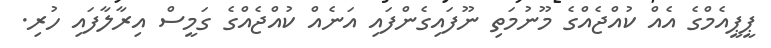
ޕީޕީއެމްގެ އެއް ކުއްޖެއްގެ މޫނުމަތި ނޫފައިގެންފައި އަނެއް ކުއްޖެއްގެ ގަމީސް އިރާލާފައި ހުރި.